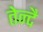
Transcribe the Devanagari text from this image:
तेन्दै